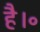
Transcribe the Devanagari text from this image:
है।॰